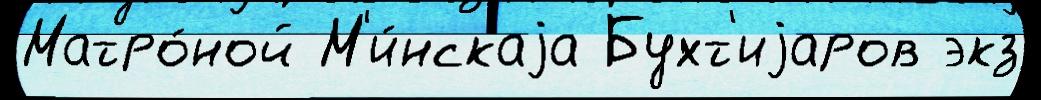
Матро́ной М'и́нскаjа Бухт'иjаров экз